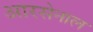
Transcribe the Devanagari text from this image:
आरसेनाल